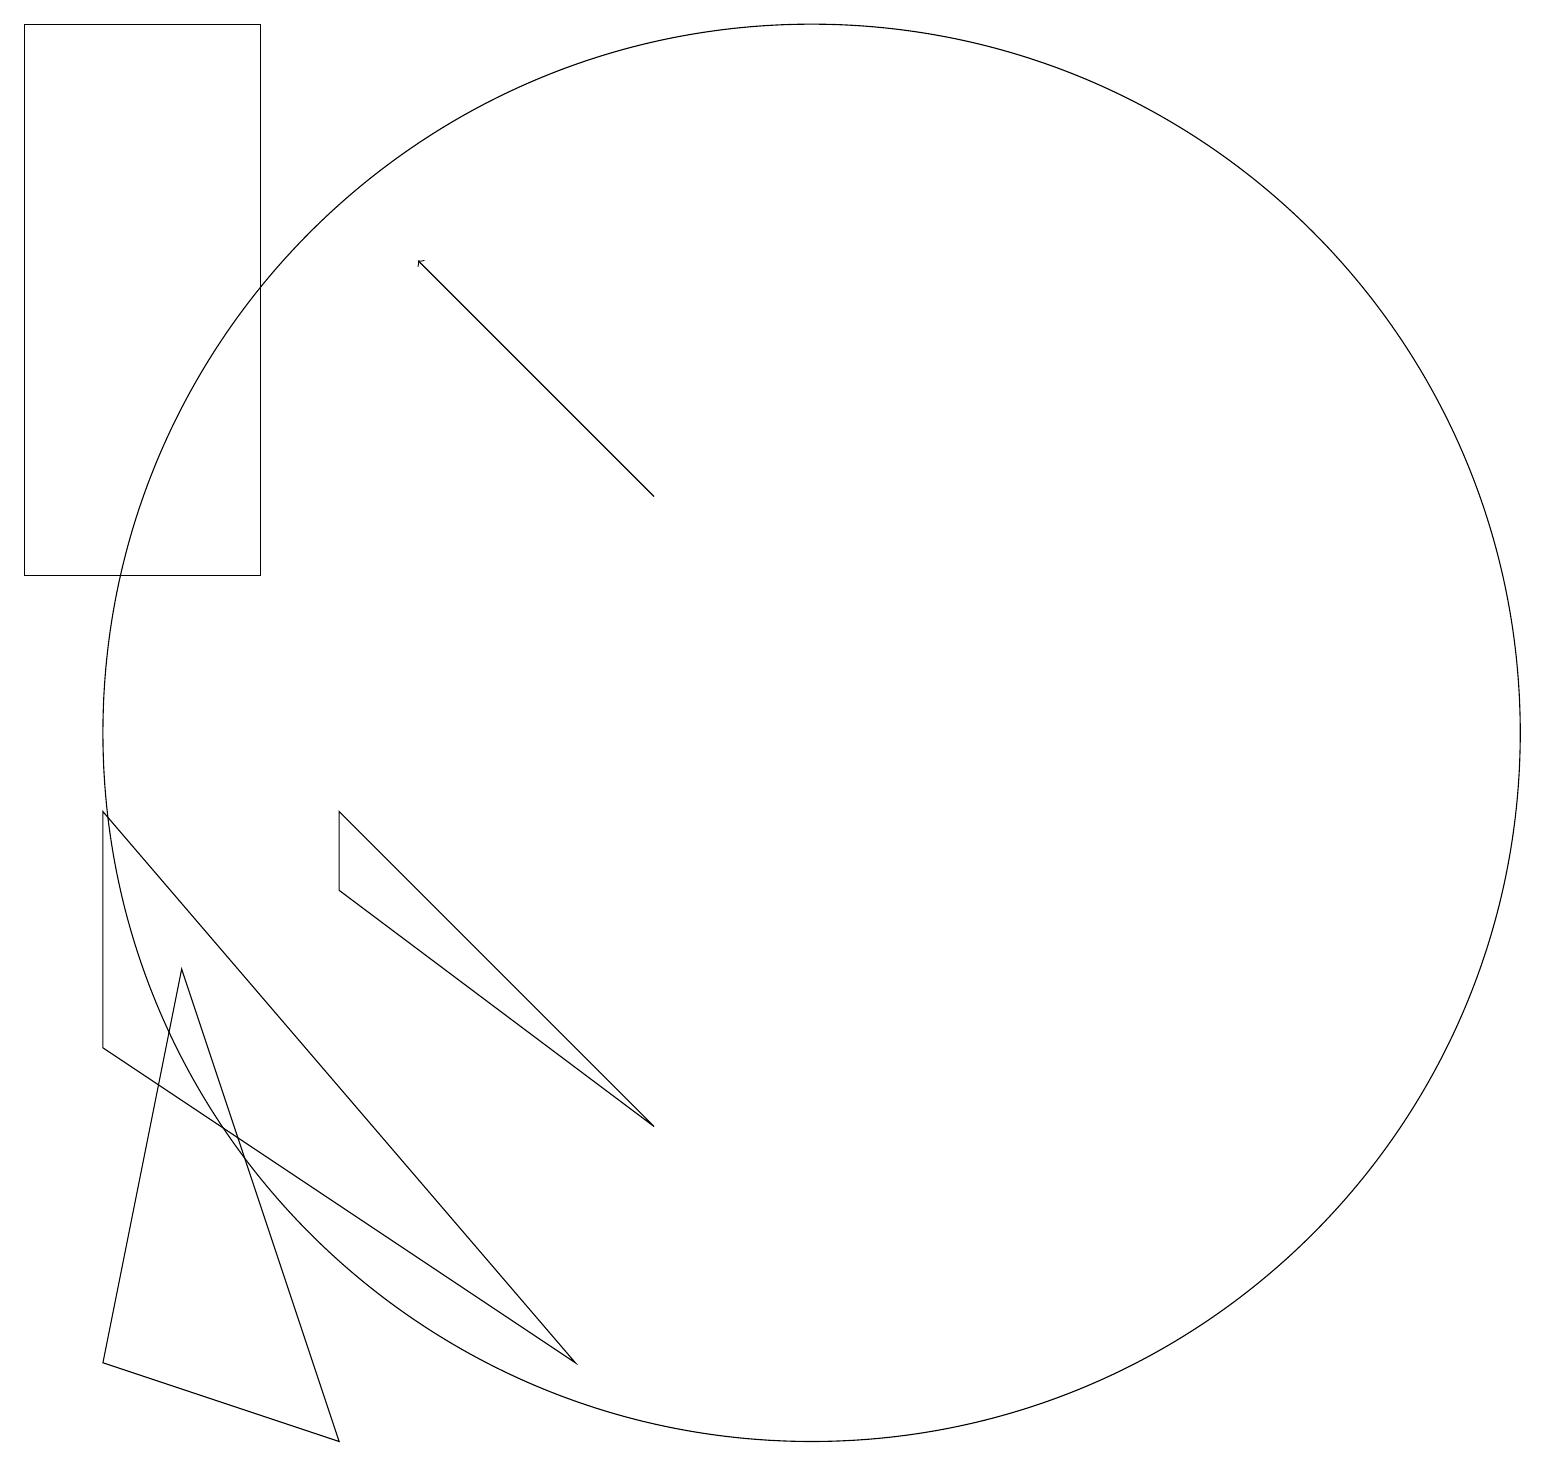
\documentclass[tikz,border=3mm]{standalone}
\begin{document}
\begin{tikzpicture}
\draw (11,10) circle (9);
\draw (4,19) rectangle (1,12);
\draw[->] (9,13) -- (6,16);
\draw (2,9) -- (2,6) -- (8,2) -- cycle;
\draw (5,8) -- (9,5) -- (5,9) -- cycle;
\draw (5,1) -- (3,7) -- (2,2) -- cycle;
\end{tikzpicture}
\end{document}